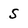
Character: S